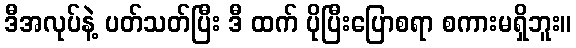
ဒီအလုပ်နဲ့ ပတ်သတ်ပြီး ဒီ ထက် ပိုပြီးပြောစရာ စကားမရှိဘူး။